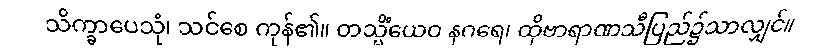
သိက္ခာပေသုံ၊ သင်စေ ကုန်၏။ တသ္မိံယေဝ နဂရေ၊ ထိုဗာရာဏသီပြည်၌သာလျှင်။